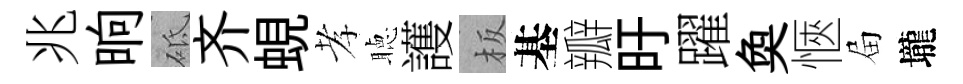
兆晌砥齐蜆孝聴護板基瓣旴躍奐愜屇壠